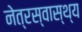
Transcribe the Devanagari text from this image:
नेत्रस्वास्थ्य